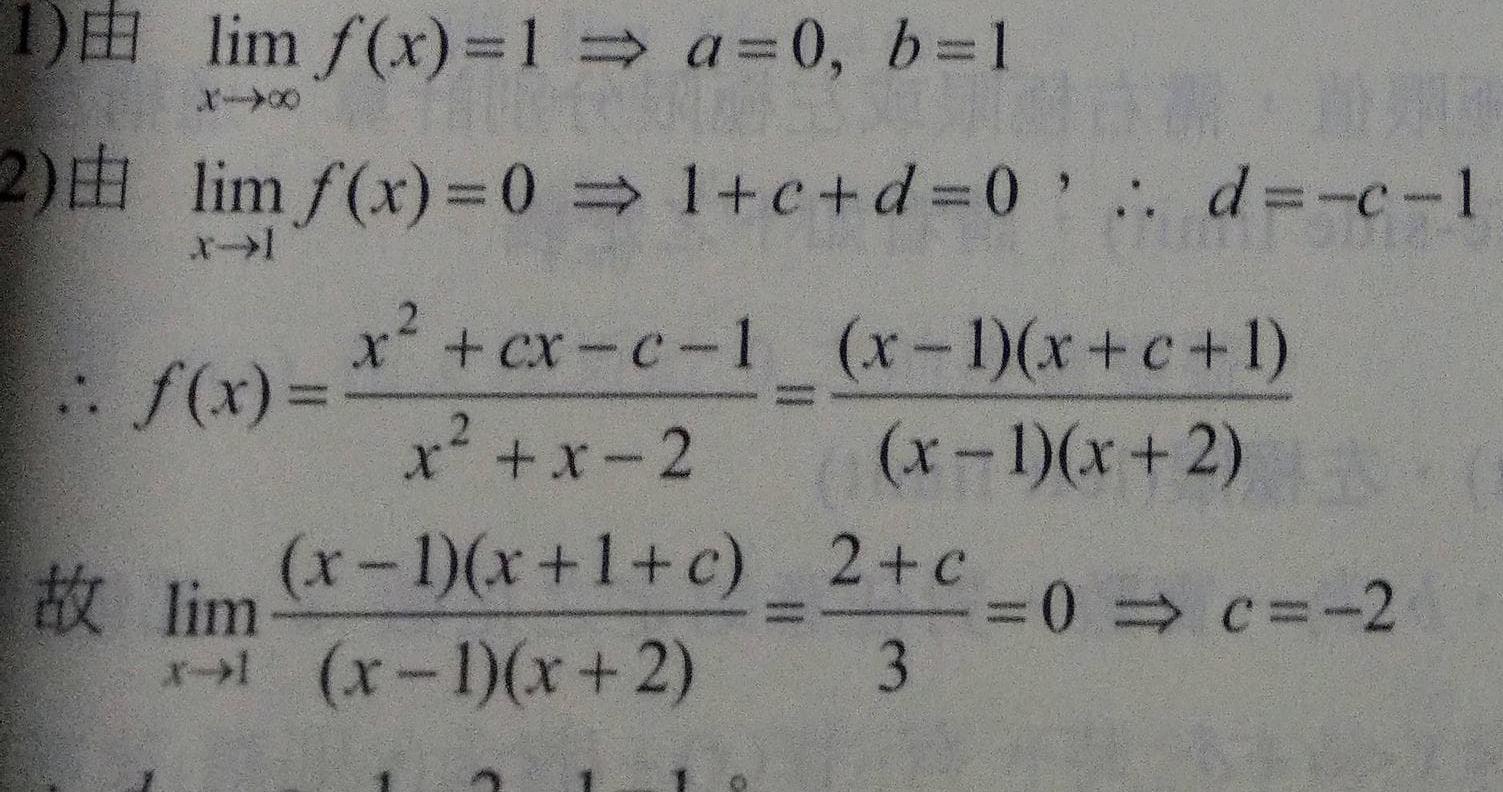
1)由 $\lim_{x\rightarrow\infty} f(x)=1 \Rightarrow a = 0, b = 1$
2)由 $\lim_{x\rightarrow1} f(x)=0 \Rightarrow 1 + c + d = 0 ，\therefore d=-c - 1$
$\therefore f(x)=\frac{x^{2}+cx - c - 1}{x^{2}+x - 2}=\frac{(x - 1)(x + c + 1)}{(x - 1)(x + 2)}$
故 $\lim_{x\rightarrow1} \frac{(x - 1)(x + 1 + c)}{(x - 1)(x + 2)}=\frac{2 + c}{3}=0 \Rightarrow c=-2$